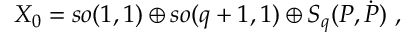
{ \cal X } _ { 0 } = s o ( 1 , 1 ) \oplus s o ( q + 1 , 1 ) \oplus { \cal S } _ { q } ( P , \dot { P } ) \ ,